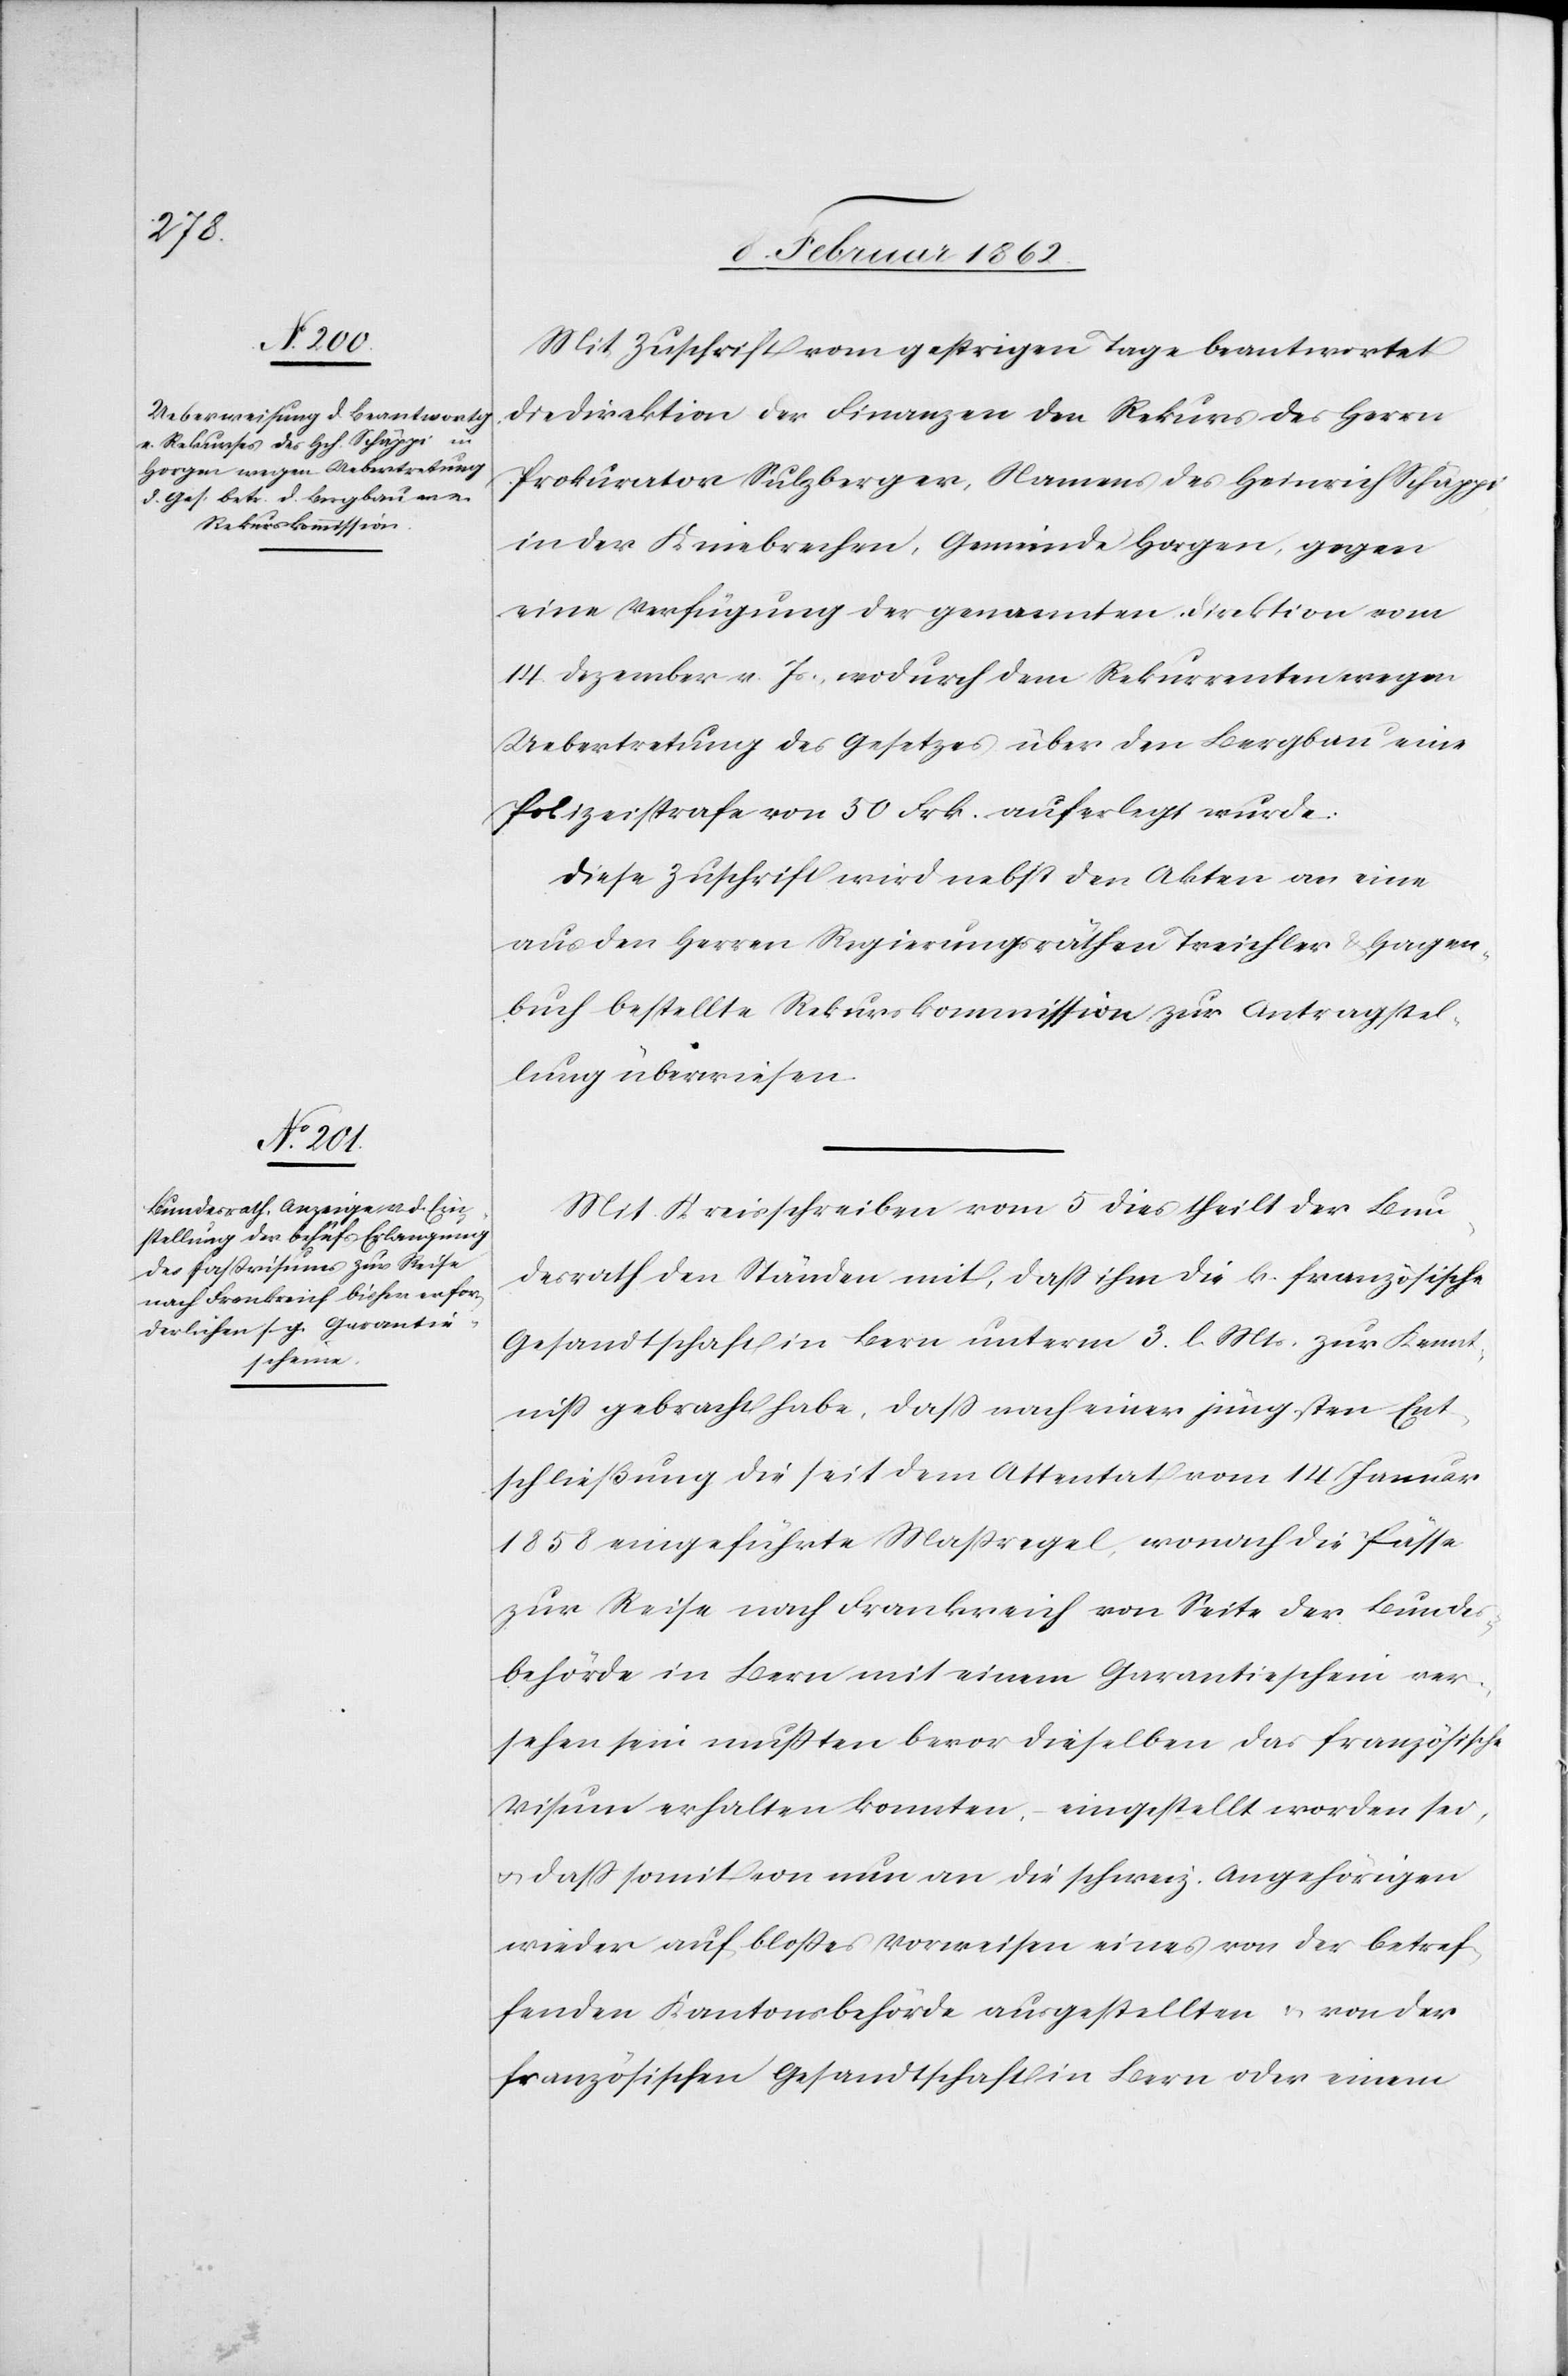
Mit Zuschrift vom gestrigen Tage beantwortet
die Direktion der Finanzen den Rekurs des Herrn
Prokurator Sulzberger, Namens des Heinrich Schäppi
in der Kniebreche, Gemeinde Horgen, gegen
eine Verfügung der genannten Direktion vom
14. Dezember v. Js., wodurch dem Rekurrenten wegen
Uebertretung des Gesetzes über den Bergbau eine
Polizeistrafe von 50 Frk. auferlegt wurde.
Diese Zuschrift wird nebst den Akten an eine
aus den Herren Regierungsräthen Treichler & Hagen¬
buch bestellte Rekurskommission zur Antragstel¬
lung überwiesen.
Mit Kreisschreiben vom 5 dies theilt der Bun¬
desrath den Ständen mit, daß ihm die k. französische
Gesandtschaft in Bern unterm 3. l. Mts. zur Kennt¬
niß gebracht habe, daß nach einer jüngsten Ent¬
schließung die seit dem Attentat vom 14 Januar
1858 eingeführte Maßregel, wonach die Pässe
zur Reise nach Frankreich von Seite der Bundes¬
behörde in Bern mit einem Garantieschein ver¬
sehen sein mußten bevor dieselben das französische
Visum erhalten konnten, eingestellt worden sei,
u. daß somit von nun an die schweiz. Angehörigen
wieder auf bloßes Vorweisen eines von der betref¬
fenden Kantonsbehörde ausgestellten u. von der
französischen Gesandtschaft in Bern oder einem